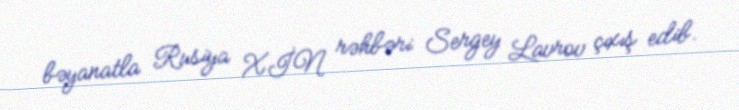
bəyanatla Rusiya XİN rəhbəri Sergey Lavrov çıxış edib.